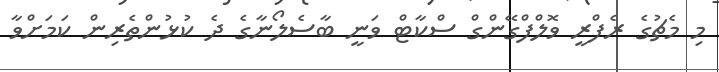
މި މެޗުގެ ރެފްރީ ވޮލްފްގޭންގް ސްކާޓް ވަނީ ބާސެލޯނާގެ ދެ ކުޅުންތެރިން ކަމަށްވާ